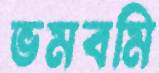
ভমবমি